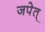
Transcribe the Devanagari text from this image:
जपेत्